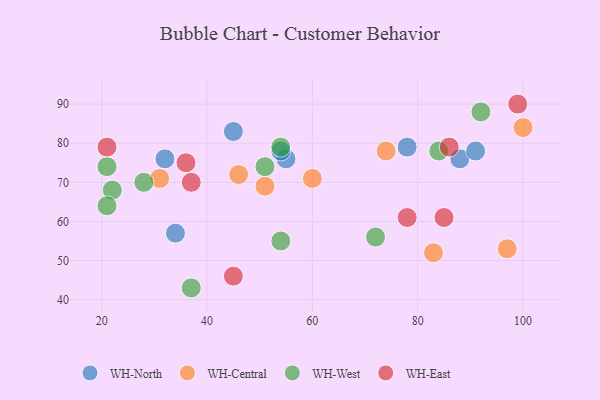
{"axis": {"x": "GDP", "y": "Life Expectancy"}, "legend": ["WH-Central", "WH-East", "WH-North", "WH-West"], "data": [{"x": "55", "y": 76, "type": "WH-North"}, {"x": "34", "y": 57, "type": "WH-North"}, {"x": "88", "y": 76, "type": "WH-North"}, {"x": "54", "y": 78, "type": "WH-North"}, {"x": "91", "y": 78, "type": "WH-North"}, {"x": "32", "y": 76, "type": "WH-North"}, {"x": "45", "y": 83, "type": "WH-North"}, {"x": "78", "y": 79, "type": "WH-North"}, {"x": "46", "y": 72, "type": "WH-Central"}, {"x": "60", "y": 71, "type": "WH-Central"}, {"x": "51", "y": 69, "type": "WH-Central"}, {"x": "100", "y": 84, "type": "WH-Central"}, {"x": "83", "y": 52, "type": "WH-Central"}, {"x": "74", "y": 78, "type": "WH-Central"}, {"x": "97", "y": 53, "type": "WH-Central"}, {"x": "31", "y": 71, "type": "WH-Central"}, {"x": "92", "y": 88, "type": "WH-West"}, {"x": "51", "y": 74, "type": "WH-West"}, {"x": "22", "y": 68, "type": "WH-West"}, {"x": "54", "y": 79, "type": "WH-West"}, {"x": "72", "y": 56, "type": "WH-West"}, {"x": "21", "y": 64, "type": "WH-West"}, {"x": "21", "y": 74, "type": "WH-West"}, {"x": "37", "y": 43, "type": "WH-West"}, {"x": "28", "y": 70, "type": "WH-West"}, {"x": "84", "y": 78, "type": "WH-West"}, {"x": "54", "y": 55, "type": "WH-West"}, {"x": "78", "y": 61, "type": "WH-East"}, {"x": "21", "y": 79, "type": "WH-East"}, {"x": "36", "y": 75, "type": "WH-East"}, {"x": "37", "y": 70, "type": "WH-East"}, {"x": "45", "y": 46, "type": "WH-East"}, {"x": "99", "y": 90, "type": "WH-East"}, {"x": "86", "y": 79, "type": "WH-East"}, {"x": "85", "y": 61, "type": "WH-East"}]}